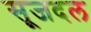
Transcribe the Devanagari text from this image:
सूजदल